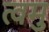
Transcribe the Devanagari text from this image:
त्वमु